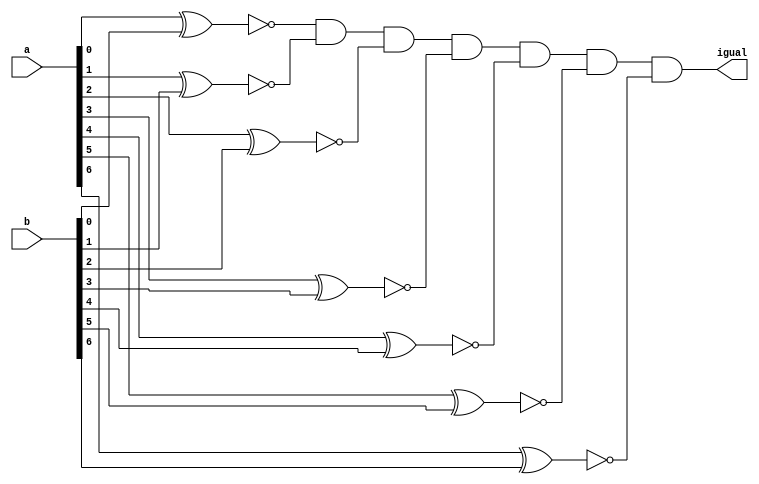
module comparador_de_igualdade(
  a, b,
  igual
);
  input [6:0] a, b;
  output igual;

  wire [6:0] a_xnor_b;
  
  xnor xnor0(a_xnor_b[0], a[0], b[0]);
  xnor xnor1(a_xnor_b[1], a[1], b[1]);
  xnor xnor2(a_xnor_b[2], a[2], b[2]);
  xnor xnor3(a_xnor_b[3], a[3], b[3]);
  xnor xnor4(a_xnor_b[4], a[4], b[4]);
  xnor xnor5(a_xnor_b[5], a[5], b[5]);
  xnor xnor6(a_xnor_b[6], a[6], b[6]);

  and and0(igual, a_xnor_b[0], a_xnor_b[1], a_xnor_b[2], a_xnor_b[3], a_xnor_b[4], a_xnor_b[5], a_xnor_b[6]);

endmodule

module TB_comparador_de_igualdade();
  reg [6:0] a, b;
  wire igual;

  comparador_de_igualdade comparador_de_igualdade(a, b, igual);

  initial begin
    // igualdades
    a = 7'b0000000; b = 7'b0000000; #10; // igual = 1
    a = 7'b1111111; b = 7'b1111111; #10; // igual = 1
    a = 7'b1000001; b = 7'b1000001; #10; // igual = 1
    a = 7'b1100011; b = 7'b1100011; #10; // igual = 1
    a = 7'b1110111; b = 7'b1110111; #10; // igual = 1
    a = 7'b1111001; b = 7'b1111001; #10; // igual = 1
    a = 7'b1111101; b = 7'b1111101; #10; // igual = 1

    // desigualdades
    a = 7'b0000000; b = 7'b1111111; #10; // igual = 0
    a = 7'b1111111; b = 7'b0000000; #10; // igual = 0
    a = 7'b1000001; b = 7'b1100011; #10; // igual = 0
    a = 7'b1100011; b = 7'b1000001; #10; // igual = 0
    a = 7'b1110111; b = 7'b1111001; #10; // igual = 0
    a = 7'b1111001; b = 7'b1110111; #10; // igual = 0
    a = 7'b1111101; b = 7'b1111110; #10; // igual = 0
  end

endmodule